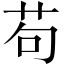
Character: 苟